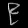
Digit: ၉